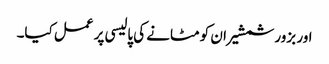
اور بزور شمشیر ان کو مٹانے کی پالیسی پر عمل کیا۔